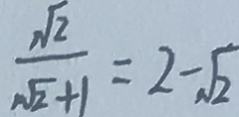
\frac { \sqrt { 2 } } { \sqrt { 2 } + 1 } = 2 - \sqrt { 2 }